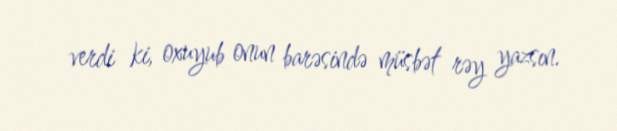
verdi ki, oxuyub onun barəsində müsbət rəy yazsın.